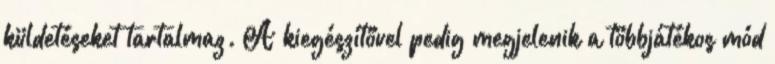
küldetéseket tartalmaz. A kiegészítővel pedig megjelenik a többjátékos mód